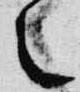
之